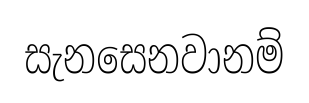
සැනසෙනවානම්